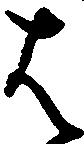
は